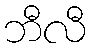
ဘီလီ